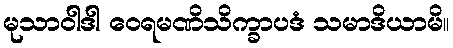
မုသာဝါဒါ ဝေရမဏိသိက္ခာပဒံ သမာဒိယာမိ။